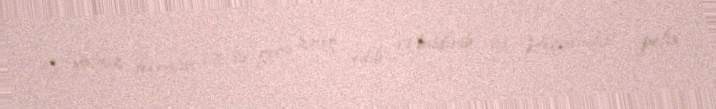
O yalnız fevralın 17-də gecə zəng edib və bildirib ki, “Peçatniki” polis